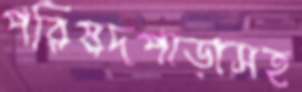
পরিষদপাড়াসহ